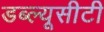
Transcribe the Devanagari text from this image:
डब्ल्यूसीटी